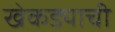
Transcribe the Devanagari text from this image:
खेकड्याची